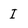
Character: I